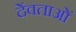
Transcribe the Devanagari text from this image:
देंवताओं